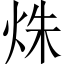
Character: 𤈐